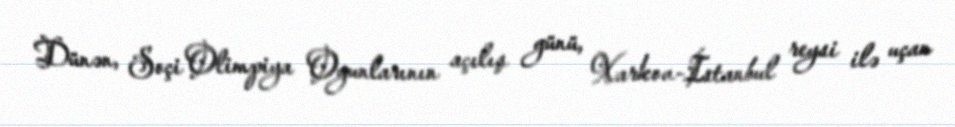
Dünən, Soçi Olimpiya Oyunlarının açılış günü, Xarkov-İstanbul reysi ilə uçan